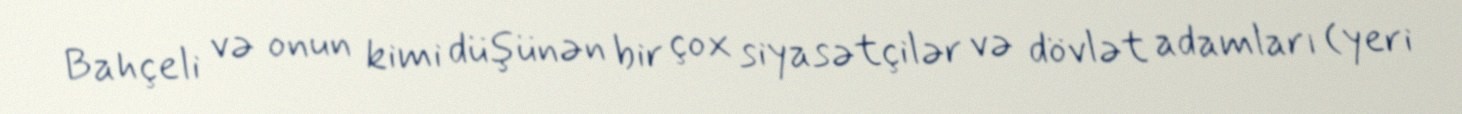
Bahçeli və onun kimi düşünən bir çox siyasətçilər və dövlət adamları (yeri